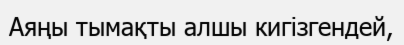
Аяңы тымақты алшы кигізгендей,